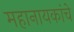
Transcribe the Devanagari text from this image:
महानायकांचे